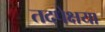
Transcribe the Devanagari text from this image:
तदपेक्षया